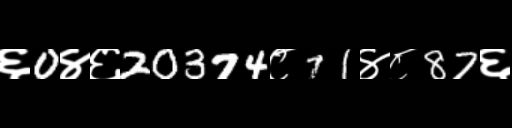
Text: ६0४६20374८71४८87६